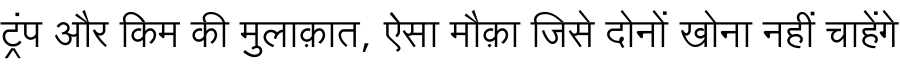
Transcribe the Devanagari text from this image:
ट्रंप और किम की मुलाक़ात, ऐसा मौक़ा जिसे दोनों खोना नहीं चाहेंगे